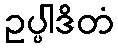
ဥပ္ပါဒိတံ